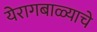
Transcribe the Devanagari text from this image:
येरागबाळ्याचे